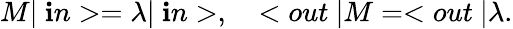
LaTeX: M|\ \mathbf{i}n>=\lambda|\ \mathbf{i}n>,\quad<out\ |M=<out\ |\lambda.